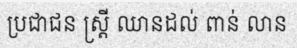
ប្រជាជន ស្ត្រី ឈានដល់ ពាន់ លាន